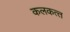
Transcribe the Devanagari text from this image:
कलकत्‍त